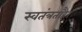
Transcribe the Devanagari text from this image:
स्वतंत्रताहै।